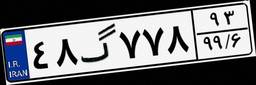
۴۸گ۷۷۸۹۳